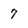
Character: 7